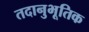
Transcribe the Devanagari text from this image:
तदानुभूतिक